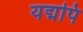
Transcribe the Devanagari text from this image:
यद्मपि